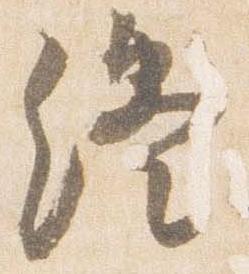
終